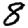
Digit: 8